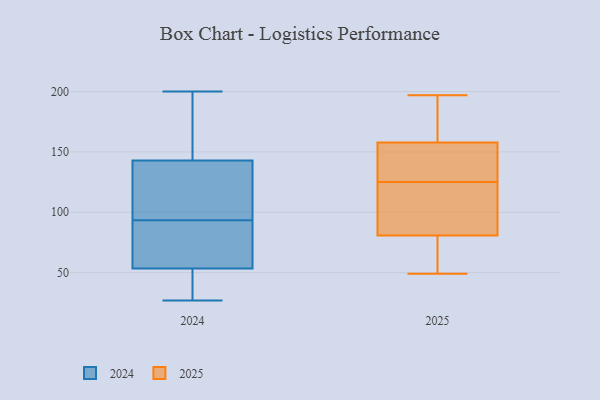
{"axis": {"x": "LTV (USD)", "y": "Value"}, "legend": ["2024", "2025"], "data": [{"x": "", "y": 200, "type": "2024"}, {"x": "", "y": 127, "type": "2024"}, {"x": "", "y": 115, "type": "2024"}, {"x": "", "y": 115, "type": "2024"}, {"x": "", "y": 40, "type": "2024"}, {"x": "", "y": 179, "type": "2024"}, {"x": "", "y": 67, "type": "2024"}, {"x": "", "y": 105, "type": "2024"}, {"x": "", "y": 159, "type": "2024"}, {"x": "", "y": 27, "type": "2024"}, {"x": "", "y": 48, "type": "2024"}, {"x": "", "y": 82, "type": "2024"}, {"x": "", "y": 169, "type": "2024"}, {"x": "", "y": 43, "type": "2024"}, {"x": "", "y": 37, "type": "2024"}, {"x": "", "y": 173, "type": "2024"}, {"x": "", "y": 59, "type": "2024"}, {"x": "", "y": 82, "type": "2024"}, {"x": "", "y": 74, "type": "2024"}, {"x": "", "y": 120, "type": "2024"}, {"x": "", "y": 187, "type": "2025"}, {"x": "", "y": 83, "type": "2025"}, {"x": "", "y": 110, "type": "2025"}, {"x": "", "y": 144, "type": "2025"}, {"x": "", "y": 197, "type": "2025"}, {"x": "", "y": 162, "type": "2025"}, {"x": "", "y": 61, "type": "2025"}, {"x": "", "y": 145, "type": "2025"}, {"x": "", "y": 130, "type": "2025"}, {"x": "", "y": 80, "type": "2025"}, {"x": "", "y": 125, "type": "2025"}, {"x": "", "y": 119, "type": "2025"}, {"x": "", "y": 49, "type": "2025"}, {"x": "", "y": 188, "type": "2025"}, {"x": "", "y": 52, "type": "2025"}]}